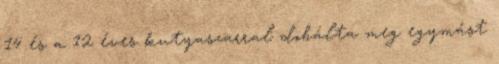
14 és a 12 éves kutyaszarral dobálta meg egymást